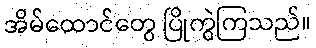
အိမ်ထောင်တွေ ပြိုကွဲကြသည်။